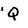
Character: Q